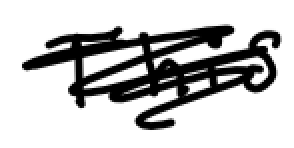
Text: This
Cross-out: scratch
Writing tool: digital_black